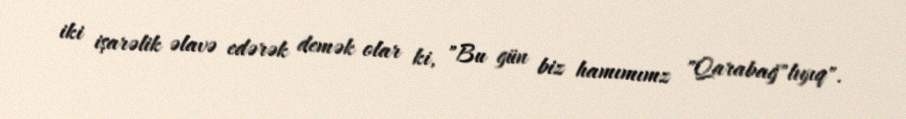
iki işarəlik əlavə edərək demək olar ki, "Bu gün biz hamımımz "Qarabağ"lıyıq".